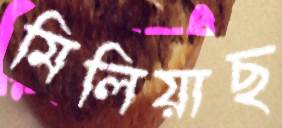
মিলিয়াছ